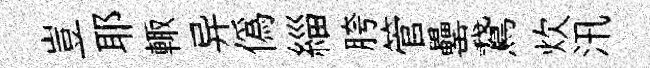
豈耶輙异僞緇胯管罍鵞炊汛